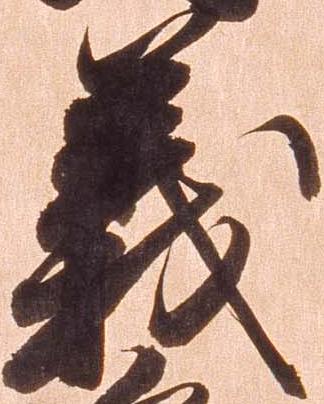
義